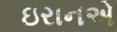
ઇરાનએ